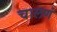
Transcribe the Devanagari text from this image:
चालणं